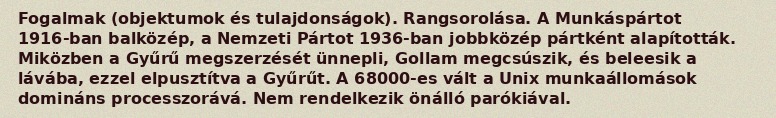
Fogalmak (objektumok és tulajdonságok). Rangsorolása. A Munkáspártot 1916-ban balközép, a Nemzeti Pártot 1936-ban jobbközép pártként alapították. Miközben a Gyűrű megszerzését ünnepli, Gollam megcsúszik, és beleesik a lávába, ezzel elpusztítva a Gyűrűt. A 68000-es vált a Unix munkaállomások domináns processzorává. Nem rendelkezik önálló parókiával.